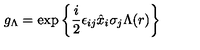
g _ { \Lambda } = \exp \left\{ \frac { i } { 2 } \epsilon _ { i j } \hat { x } _ { i } \sigma _ { j } \Lambda ( r ) \right\}